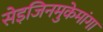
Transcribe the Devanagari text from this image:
सेइजिनमुकेमांगा